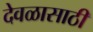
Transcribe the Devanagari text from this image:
देवळासाठी